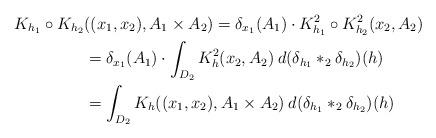
LaTeX: \begin{align*}K_{h_1}\circ K_{h_2}&((x_1,x_2), A_1\times A_2)= \delta_{x_1}(A_1)\cdot K_{h_1}^2\circ K_{h_2}^2(x_2, A_2)\\&=\delta_{x_1}(A_1)\cdot\int_{D_2} K_{h}^2(x_2, A_2)\> d(\delta_{h_1}*_2\delta_{h_2})(h)\\&=\int_{D_2} K_{h}((x_1,x_2), A_1\times A_2)\> d(\delta_{h_1}*_2\delta_{h_2})(h)\end{align*}